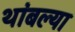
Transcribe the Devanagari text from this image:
थांबल्या